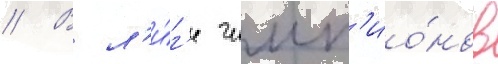
// В л'и́г'е чемп'ио́нов